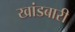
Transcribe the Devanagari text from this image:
खांडबारी